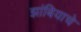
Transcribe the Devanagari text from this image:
झांबियाचे